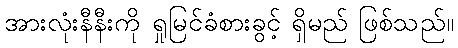
အားလုံးနီနီးကို ရှုမြင်ခံစားခွင့် ရှိမည် ဖြစ်သည်။